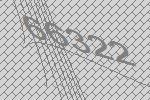
66322